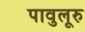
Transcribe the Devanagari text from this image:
पावुलूरु